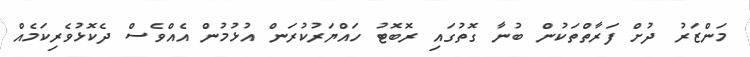
މަންޒަރު ދުށް ފަރާތްތަކުން ބުނާ ގޮތުގައި ރޮބޮޓު ހައްޔަރުކުރަން އުޅުމުން އެއްވެސް ދެކޮޅުވެރިކަމެއް